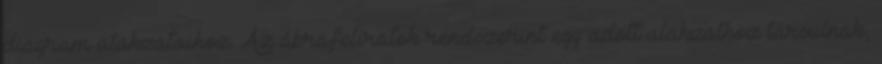
diagram alakzataihoz. Az ábrafeliratok rendszerint egy adott alakzathoz társulnak,